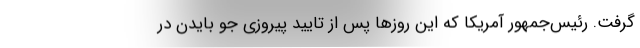
گرفت. رئیس‌جمهور آمریکا که این روزها پس از تایید پیروزی جو بایدن در